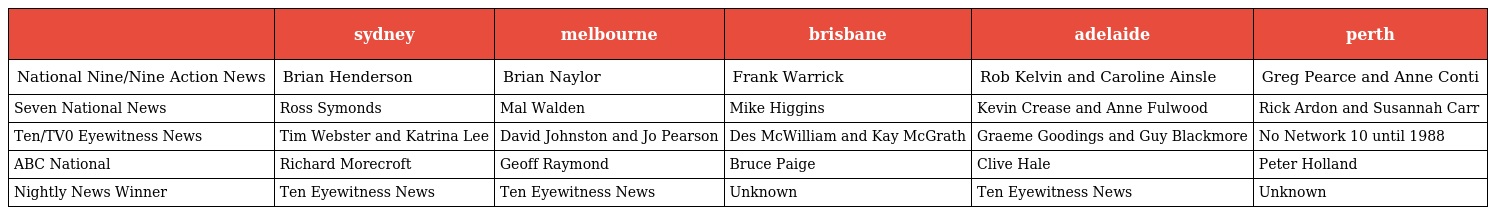
|  | sydney | melbourne | brisbane | adelaide | perth |
 | --- | --- | --- | --- | --- | --- |
 | National Nine/Nine Action News | Brian Henderson | Brian Naylor | Frank Warrick | Rob Kelvin and Caroline Ainsle | Greg Pearce and Anne Conti |
 | Seven National News | Ross Symonds | Mal Walden | Mike Higgins | Kevin Crease and Anne Fulwood | Rick Ardon and Susannah Carr |
 | Ten/TV0 Eyewitness News | Tim Webster and Katrina Lee | David Johnston and Jo Pearson | Des McWilliam and Kay McGrath | Graeme Goodings and Guy Blackmore | No Network 10 until 1988 |
 | ABC National | Richard Morecroft | Geoff Raymond | Bruce Paige | Clive Hale | Peter Holland |
 | Nightly News Winner | Ten Eyewitness News | Ten Eyewitness News | Unknown | Ten Eyewitness News | Unknown |